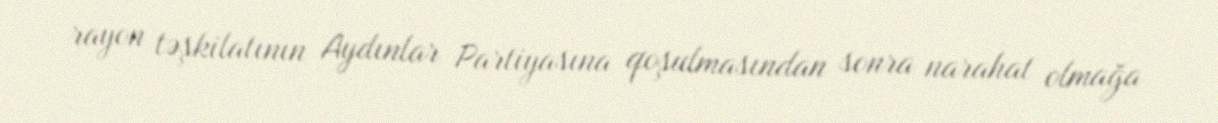
rayon təşkilatının Aydınlar Partiyasına qoşulmasından sonra narahat olmağa